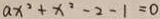
a x ^ { 2 } + x ^ { 2 } - 2 - 1 = 0